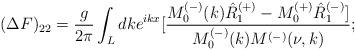
LaTeX: \begin{align*}(\Delta F)_{22}=\frac{g}{2\pi}\int_{L}dke^{ikx}[\frac {M^{(-)}_0(k)\hat{R}_1^{(+)}-M^{(+)}_0\hat{R}^{(-)}_1]}{M^{(-)}_0(k)M^{(-)}(\nu,k)};\end{align*}